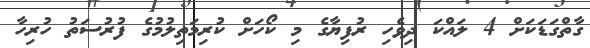
ގާތްގަޑަކަށް 4 ލައްކަ ދިވެހި ރުފިޔާގެ މި ކޯހަށް ކުރިމަތިލުމުގެ ފުރުސަތު ހުރިހާ